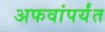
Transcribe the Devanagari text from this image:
अफवांपर्यंत